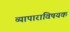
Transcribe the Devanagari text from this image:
व्यापाराविषयक